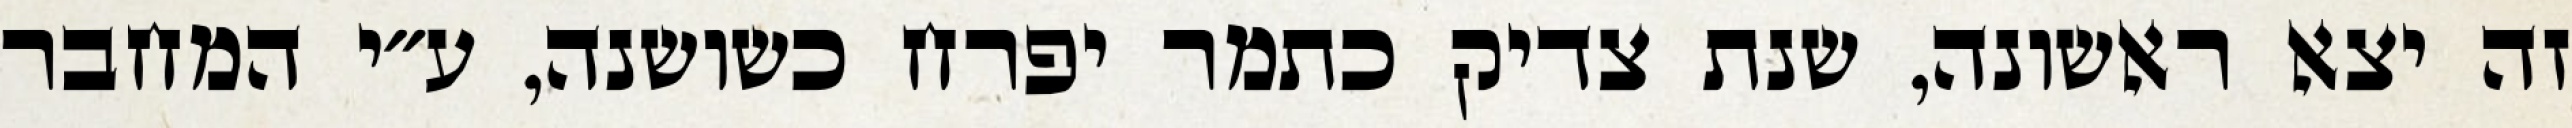
זה יצא ראשונה, שנת צדיק כתמר יפרח כשושנה, ע״י המחבר